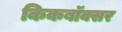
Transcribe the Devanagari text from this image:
किकबॉक्सर